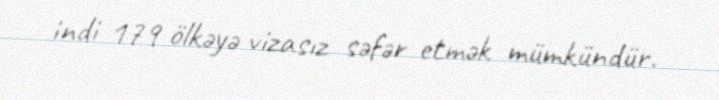
indi 179 ölkəyə vizasız səfər etmək mümkündür.